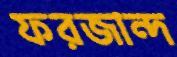
ফরজান্দ